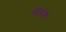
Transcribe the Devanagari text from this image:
सिओंको